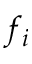
f _ { i }